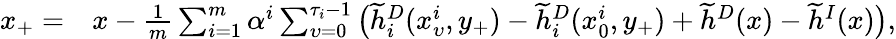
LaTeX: \begin{array}{rl}{x_{+}=}&{x-\frac{1}{m}\sum_{i=1}^{m}\alpha^{i}\sum_{\upsilon=0}^{\tau_{i}-1}\big(\widetilde{h}_{i}^{D}(x_{\upsilon}^{i},y_{+})-\widetilde h_{i}^{D}(x_{0}^{i},y_{+})+\widetilde h^{D}(x)-\widetilde{h}^{I}(x)\big),}\end{array}